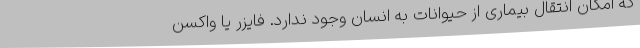
که امکان انتقال بیماری از حیوانات به انسان وجود ندارد. فایزر یا واکسن